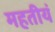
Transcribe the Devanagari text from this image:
महतीयं